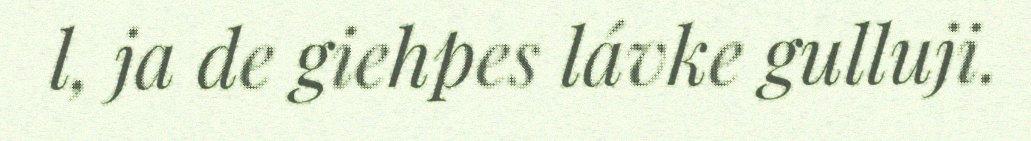
l, ja de giehpes lávke gulluji.